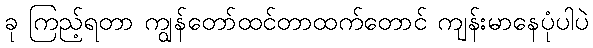
ခု ကြည့်ရတာ ကျွန်တော်ထင်တာထက်တောင် ကျန်းမာနေပုံပါပဲ